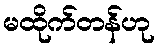
မထိုက်တန်ဟု